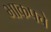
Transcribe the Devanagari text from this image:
भाकपचे